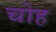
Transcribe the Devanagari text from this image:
चोह